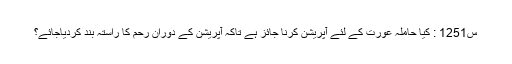
س1251 : کيا حاملہ عورت کے لئے آپريشن کرنا جائز ہے تاکہ آپريشن کے دوران رحم کا راستہ بند کردياجائے؟